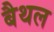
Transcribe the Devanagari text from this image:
बैथल